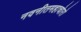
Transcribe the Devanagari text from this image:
नवनीतमहाचोरो